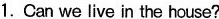
1. Can we live in the house?